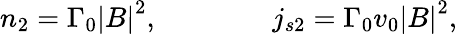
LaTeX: n_{2}=\Gamma_{0}{\left|B\right|}^{2},\qquad\qquad j_{s2}=\Gamma_{0}v_{0}{\left|B\right|}^{2},